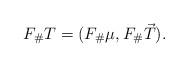
LaTeX: \begin{align*} F_{\#} T = (F_{\#}\mu, F_{\#}\vec T). \end{align*}